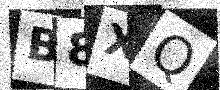
Text: B8XQ